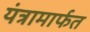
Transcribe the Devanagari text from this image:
यंत्रामार्फत